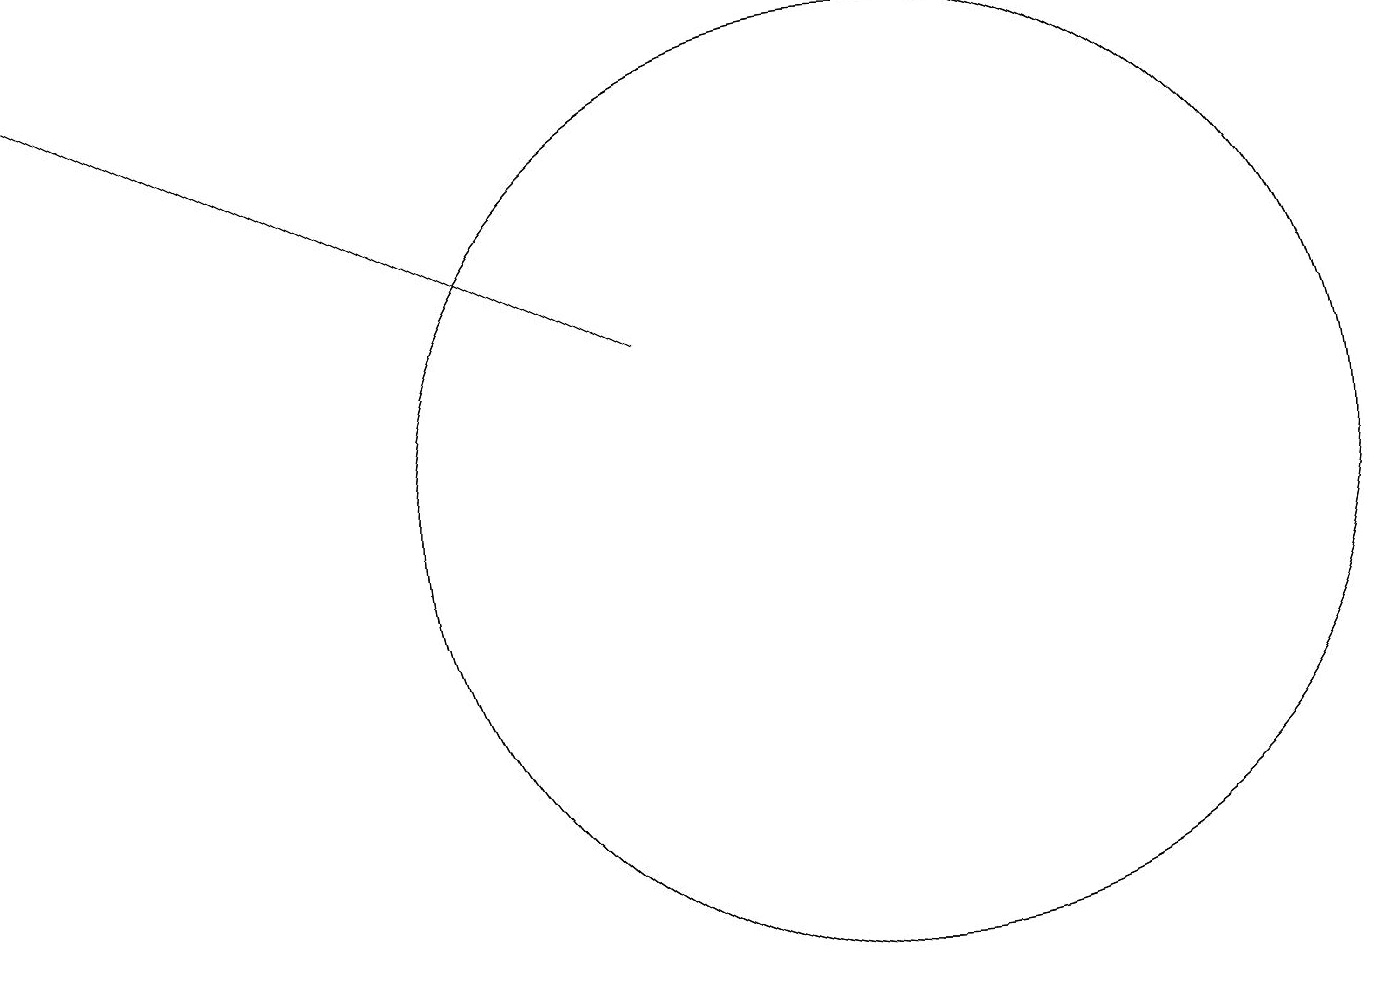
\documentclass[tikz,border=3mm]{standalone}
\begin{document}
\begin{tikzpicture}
\draw[->] (9,13) -- (1,17);
\draw (12,11) circle (6);
\draw (12,11) circle (6);
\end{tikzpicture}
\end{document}